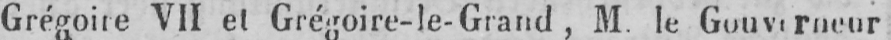
Grégoire VII et Grégoire-le-Grand, M. le Gouverneur